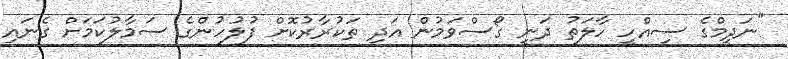
"ނަދީމްގެ ސިއްހީ ހާލަތު ދަނީ ގޯސްވަމުން އަދި ތަކުރާރުކޮށް ފުލުހުންގެ ސަމާލުކަމަށް ގެނައި